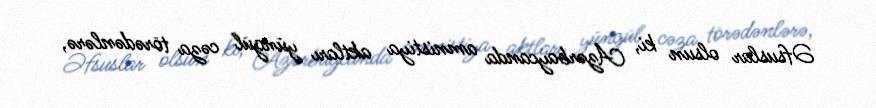
Əfsuslar olsun ki, Azərbaycanda amnistiya aktları yüngül cəza törədənlərə,